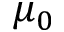
\mu _ { 0 }